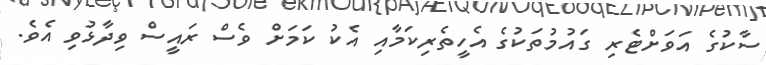
ސާކުގެ އަވަށްޓެރި ގައުމުތަކުގެ އެހީތެރިކަމާއި އެކު ކަަމަށް ވެސް ރައީސް ވިދާޅުވި އެވެ.